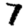
Digit: 7